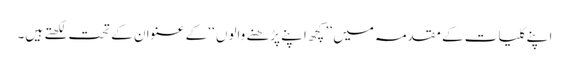
ا پنے کلیات کے مقدمہ میں ’’ کچھ اپنے پڑھنے والوں ‘‘ کے عنوان کے تحت لکھتے ہیں۔